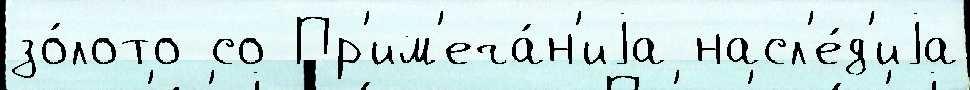
зо́лото со Пр'им'еча́н'иjа насл'е́д'иjа